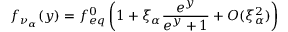
f _ { \nu _ { \alpha } } ( y ) = f _ { e q } ^ { 0 } \left( 1 + \xi _ { \alpha } \frac { e ^ { y } } { e ^ { y } + 1 } + { \cal O } ( \xi _ { \alpha } ^ { 2 } ) \right)